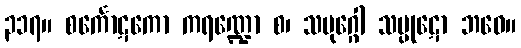
၃၁၇။ စင်္ကောဋကော ကရဏ္ဍော စ၊ သမုဂ္ဂေါ သမ္ပုဋော ဘဝေ။